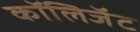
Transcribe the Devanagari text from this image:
कॉलिजॅट